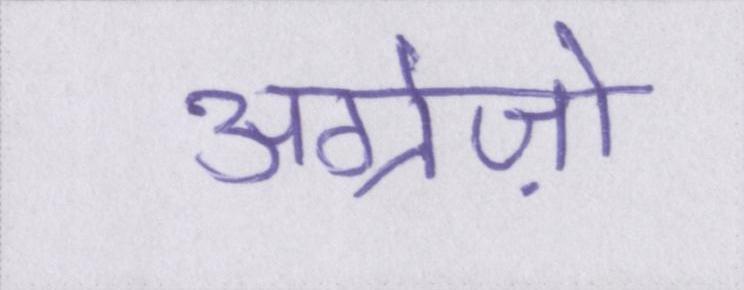
अंग्रेज़ो